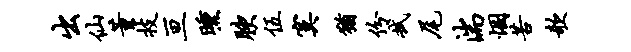
出仙董技亘曛腴伍寞犹份拭尾湍悃苦欹